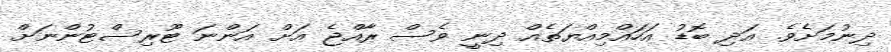
ދިނުމަށެވެ. އަދި ބޮޑު އަހައްމިއްޔަތެއް ދިނީ ވެސް ރާއްޖެ އަށް އަންނަ ޓޫރިސްޓުންނަށް